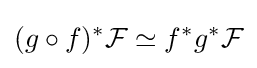
(g\circ f)^{*}{\mathcal {F}}\simeq f^{*}g^{*}{\mathcal {F}}